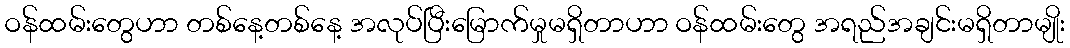
ဝန်ထမ်းတွေပာာ တစ်နေ့တစ်နေ့ အလုပ်ပြီးမြောက်မှုမရှိတာပာာ ဝန်ထမ်းတွေ အရည်အချင်းမရှိတာမျိုး